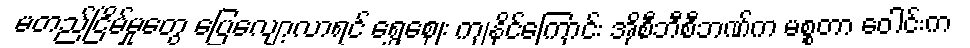
မတည်ငြိမ်မှုတွေ ပြေလျော့လာရင် ရွှေဈေး ကျနိုင်ကြောင်း အိုစီဘီစီဘဏ်က မစ္စတာ ဝေါင်းက